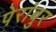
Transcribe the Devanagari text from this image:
पेरांबुर